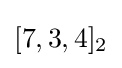
[7,3,4]_{2}